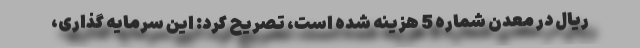
ریال در معدن شماره 5 هزینه شده است، تصریح کرد: این سرمایه گذاری،